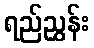
ရည်ညွှန်း